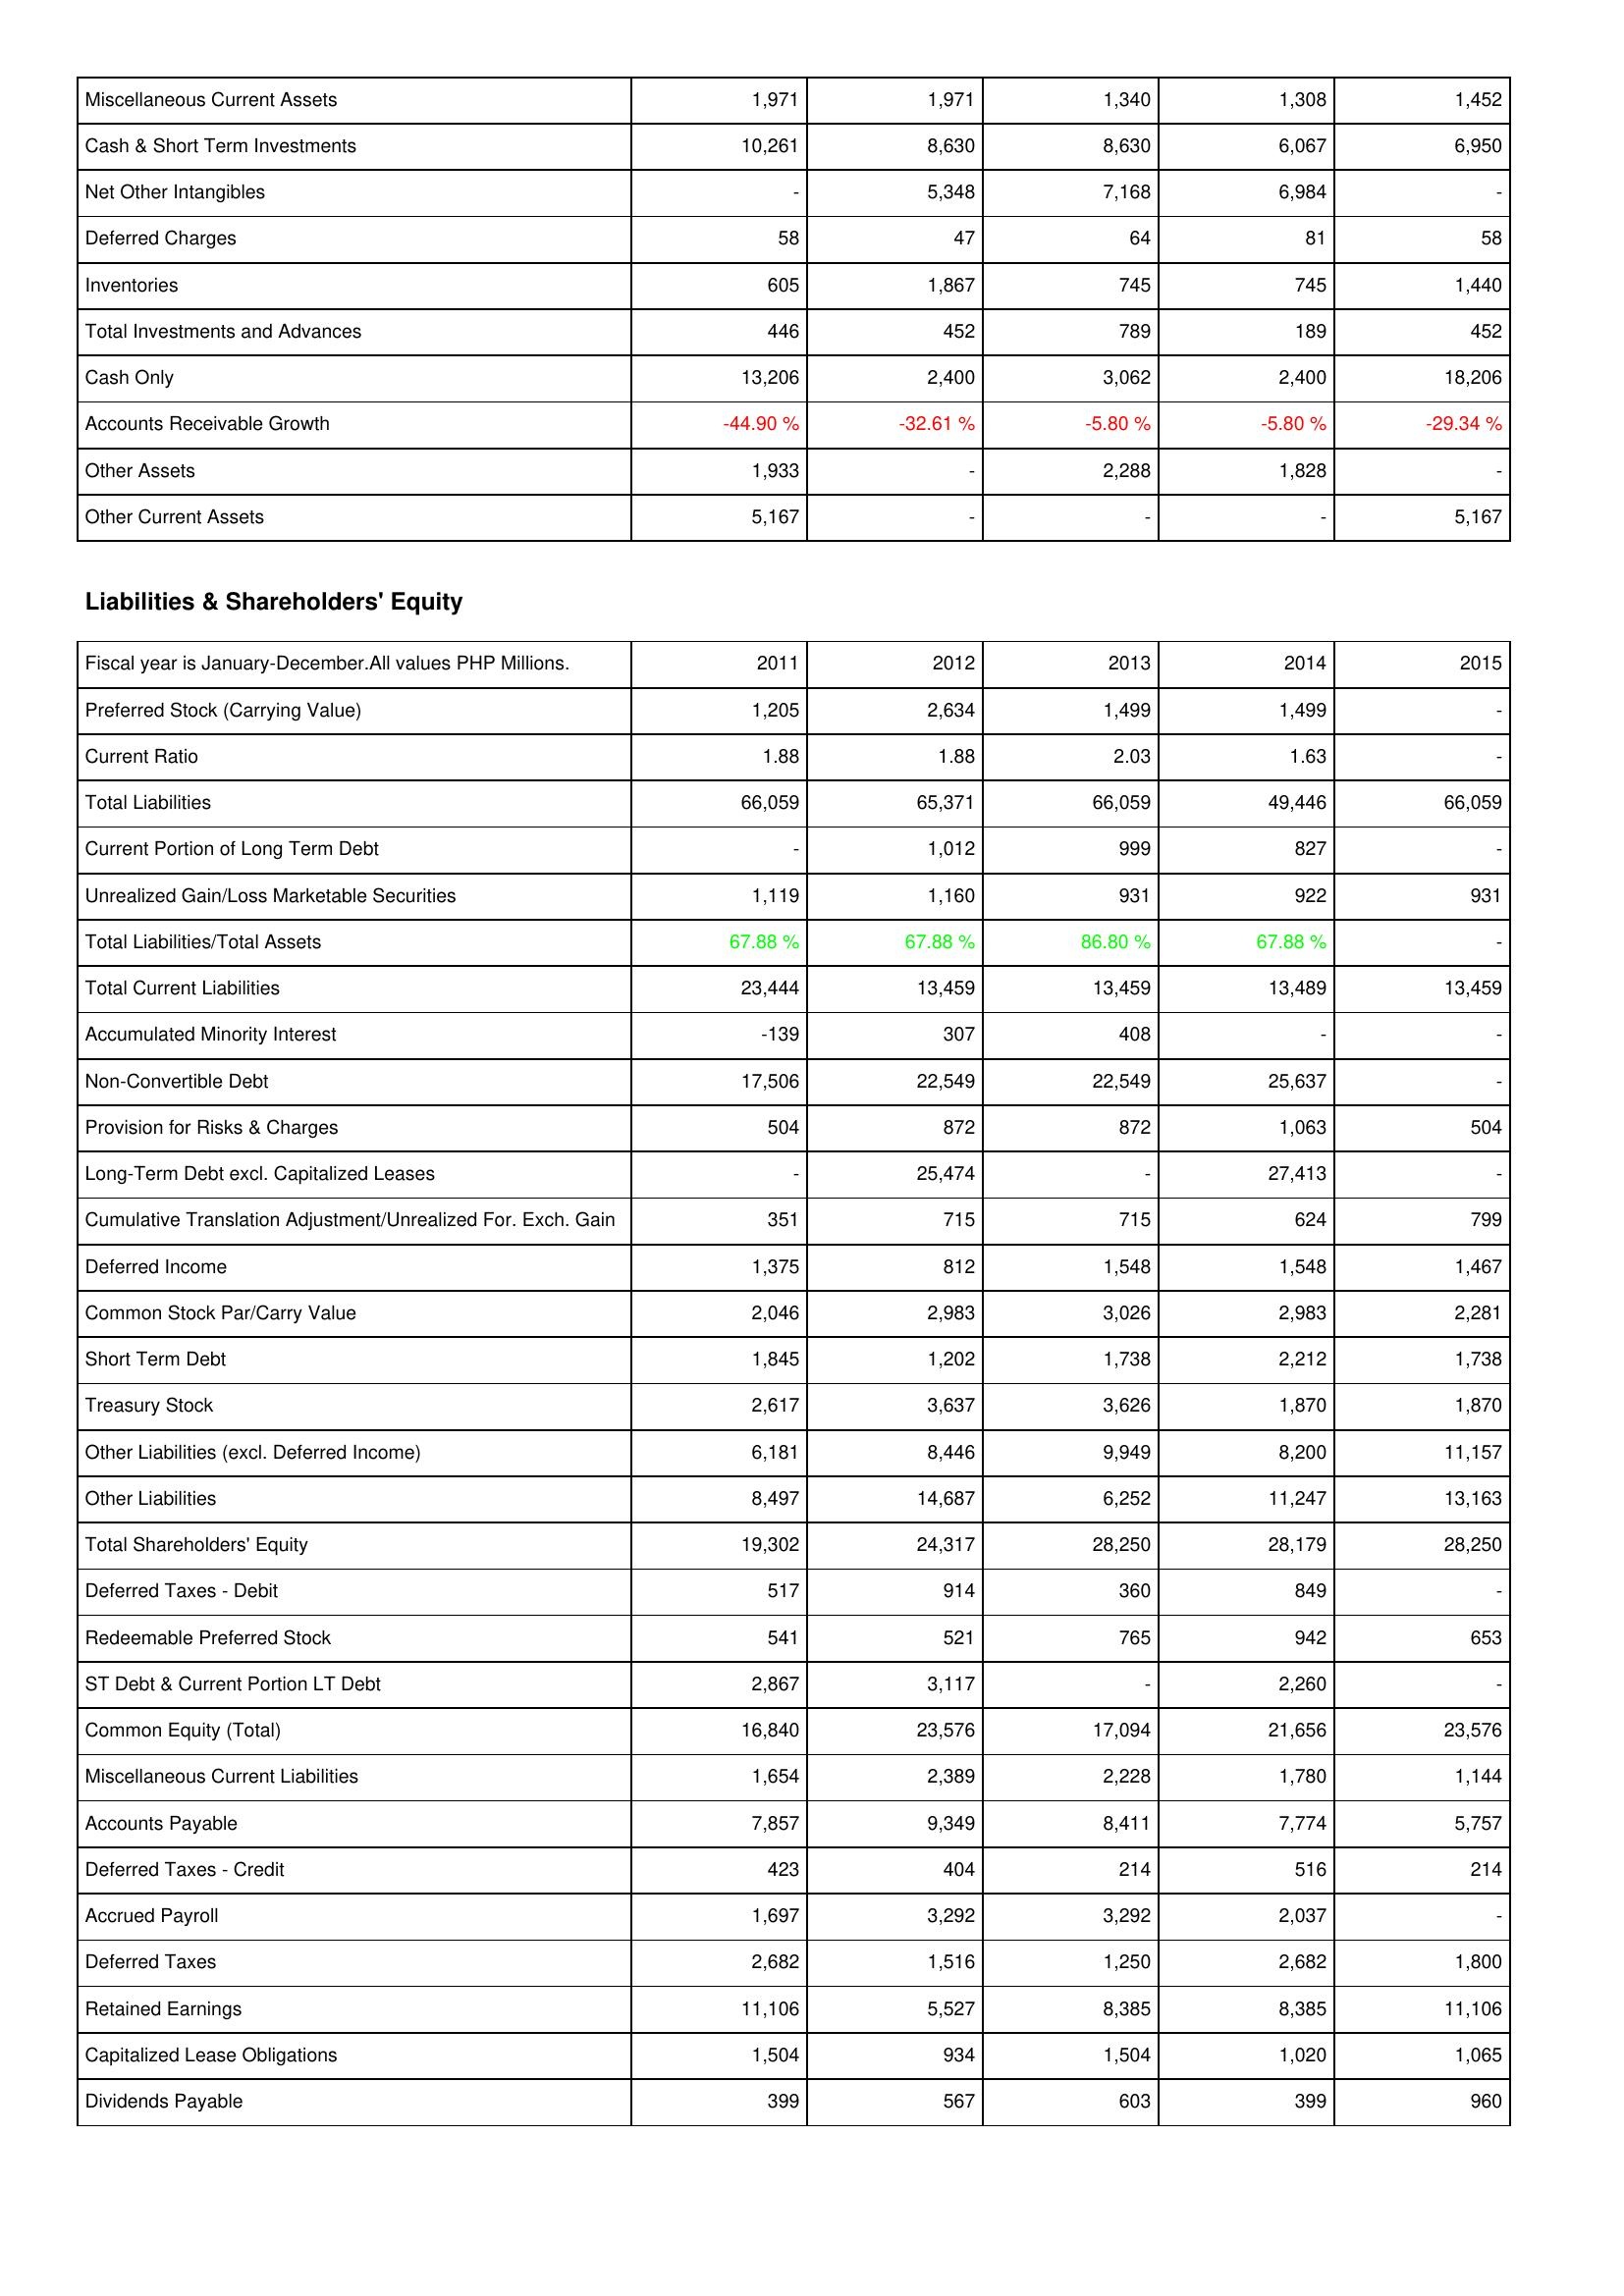
2011: Assets: Miscellaneous Current Assets: 1,971
Cash & Short Term Investments: 10,261
Net Other Intangibles: -
Deferred Charges: 58
Inventories: 605
Total Investments and Advances: 446
Cash Only: 13,206
Accounts Receivable Growth: -44.90 %
Other Assets: 1,933
Other Current Assets: 5,167
Liabilities & Shareholders' Equity: Preferred Stock (Carrying Value): 1,205
Current Ratio: 1.88
Total Liabilities: 66,059
Current Portion of Long Term Debt: -
Unrealized Gain/Loss Marketable Securities: 1,119
Total Liabilities/Total Assets: 67.88 %
Total Current Liabilities: 23,444
Accumulated Minority Interest: -139
Non-Convertible Debt: 17,506
Provision for Risks & Charges: 504
Long-Term Debt excl. Capitalized Leases: -
Cumulative Translation Adjustment/Unrealized For. Exch. Gain: 351
Deferred Income: 1,375
Common Stock Par/Carry Value: 2,046
Short Term Debt: 1,845
Treasury Stock: 2,617
Other Liabilities (excl. Deferred Income): 6,181
Other Liabilities: 8,497
Total Shareholders' Equity: 19,302
Deferred Taxes - Debit: 517
Redeemable Preferred Stock: 541
ST Debt & Current Portion LT Debt: 2,867
Common Equity (Total): 16,840
Miscellaneous Current Liabilities: 1,654
Accounts Payable: 7,857
Deferred Taxes - Credit: 423
Accrued Payroll: 1,697
Deferred Taxes: 2,682
Retained Earnings: 11,106
Capitalized Lease Obligations: 1,504
Dividends Payable: 399
2012: Assets: Miscellaneous Current Assets: 1,971
Cash & Short Term Investments: 8,630
Net Other Intangibles: 5,348
Deferred Charges: 47
Inventories: 1,867
Total Investments and Advances: 452
Cash Only: 2,400
Accounts Receivable Growth: -32.61 %
Other Assets: -
Other Current Assets: -
Liabilities & Shareholders' Equity: Preferred Stock (Carrying Value): 2,634
Current Ratio: 1.88
Total Liabilities: 65,371
Current Portion of Long Term Debt: 1,012
Unrealized Gain/Loss Marketable Securities: 1,160
Total Liabilities/Total Assets: 67.88 %
Total Current Liabilities: 13,459
Accumulated Minority Interest: 307
Non-Convertible Debt: 22,549
Provision for Risks & Charges: 872
Long-Term Debt excl. Capitalized Leases: 25,474
Cumulative Translation Adjustment/Unrealized For. Exch. Gain: 715
Deferred Income: 812
Common Stock Par/Carry Value: 2,983
Short Term Debt: 1,202
Treasury Stock: 3,637
Other Liabilities (excl. Deferred Income): 8,446
Other Liabilities: 14,687
Total Shareholders' Equity: 24,317
Deferred Taxes - Debit: 914
Redeemable Preferred Stock: 521
ST Debt & Current Portion LT Debt: 3,117
Common Equity (Total): 23,576
Miscellaneous Current Liabilities: 2,389
Accounts Payable: 9,349
Deferred Taxes - Credit: 404
Accrued Payroll: 3,292
Deferred Taxes: 1,516
Retained Earnings: 5,527
Capitalized Lease Obligations: 934
Dividends Payable: 567
2013: Assets: Miscellaneous Current Assets: 1,340
Cash & Short Term Investments: 8,630
Net Other Intangibles: 7,168
Deferred Charges: 64
Inventories: 745
Total Investments and Advances: 789
Cash Only: 3,062
Accounts Receivable Growth: -5.80 %
Other Assets: 2,288
Other Current Assets: -
Liabilities & Shareholders' Equity: Preferred Stock (Carrying Value): 1,499
Current Ratio: 2.03
Total Liabilities: 66,059
Current Portion of Long Term Debt: 999
Unrealized Gain/Loss Marketable Securities: 931
Total Liabilities/Total Assets: 86.80 %
Total Current Liabilities: 13,459
Accumulated Minority Interest: 408
Non-Convertible Debt: 22,549
Provision for Risks & Charges: 872
Long-Term Debt excl. Capitalized Leases: -
Cumulative Translation Adjustment/Unrealized For. Exch. Gain: 715
Deferred Income: 1,548
Common Stock Par/Carry Value: 3,026
Short Term Debt: 1,738
Treasury Stock: 3,626
Other Liabilities (excl. Deferred Income): 9,949
Other Liabilities: 6,252
Total Shareholders' Equity: 28,250
Deferred Taxes - Debit: 360
Redeemable Preferred Stock: 765
ST Debt & Current Portion LT Debt: -
Common Equity (Total): 17,094
Miscellaneous Current Liabilities: 2,228
Accounts Payable: 8,411
Deferred Taxes - Credit: 214
Accrued Payroll: 3,292
Deferred Taxes: 1,250
Retained Earnings: 8,385
Capitalized Lease Obligations: 1,504
Dividends Payable: 603
2014: Assets: Miscellaneous Current Assets: 1,308
Cash & Short Term Investments: 6,067
Net Other Intangibles: 6,984
Deferred Charges: 81
Inventories: 745
Total Investments and Advances: 189
Cash Only: 2,400
Accounts Receivable Growth: -5.80 %
Other Assets: 1,828
Other Current Assets: -
Liabilities & Shareholders' Equity: Preferred Stock (Carrying Value): 1,499
Current Ratio: 1.63
Total Liabilities: 49,446
Current Portion of Long Term Debt: 827
Unrealized Gain/Loss Marketable Securities: 922
Total Liabilities/Total Assets: 67.88 %
Total Current Liabilities: 13,489
Accumulated Minority Interest: -
Non-Convertible Debt: 25,637
Provision for Risks & Charges: 1,063
Long-Term Debt excl. Capitalized Leases: 27,413
Cumulative Translation Adjustment/Unrealized For. Exch. Gain: 624
Deferred Income: 1,548
Common Stock Par/Carry Value: 2,983
Short Term Debt: 2,212
Treasury Stock: 1,870
Other Liabilities (excl. Deferred Income): 8,200
Other Liabilities: 11,247
Total Shareholders' Equity: 28,179
Deferred Taxes - Debit: 849
Redeemable Preferred Stock: 942
ST Debt & Current Portion LT Debt: 2,260
Common Equity (Total): 21,656
Miscellaneous Current Liabilities: 1,780
Accounts Payable: 7,774
Deferred Taxes - Credit: 516
Accrued Payroll: 2,037
Deferred Taxes: 2,682
Retained Earnings: 8,385
Capitalized Lease Obligations: 1,020
Dividends Payable: 399
2015: Assets: Miscellaneous Current Assets: 1,452
Cash & Short Term Investments: 6,950
Net Other Intangibles: -
Deferred Charges: 58
Inventories: 1,440
Total Investments and Advances: 452
Cash Only: 18,206
Accounts Receivable Growth: -29.34 %
Other Assets: -
Other Current Assets: 5,167
Liabilities & Shareholders' Equity: Preferred Stock (Carrying Value): -
Current Ratio: -
Total Liabilities: 66,059
Current Portion of Long Term Debt: -
Unrealized Gain/Loss Marketable Securities: 931
Total Liabilities/Total Assets: -
Total Current Liabilities: 13,459
Accumulated Minority Interest: -
Non-Convertible Debt: -
Provision for Risks & Charges: 504
Long-Term Debt excl. Capitalized Leases: -
Cumulative Translation Adjustment/Unrealized For. Exch. Gain: 799
Deferred Income: 1,467
Common Stock Par/Carry Value: 2,281
Short Term Debt: 1,738
Treasury Stock: 1,870
Other Liabilities (excl. Deferred Income): 11,157
Other Liabilities: 13,163
Total Shareholders' Equity: 28,250
Deferred Taxes - Debit: -
Redeemable Preferred Stock: 653
ST Debt & Current Portion LT Debt: -
Common Equity (Total): 23,576
Miscellaneous Current Liabilities: 1,144
Accounts Payable: 5,757
Deferred Taxes - Credit: 214
Accrued Payroll: -
Deferred Taxes: 1,800
Retained Earnings: 11,106
Capitalized Lease Obligations: 1,065
Dividends Payable: 960